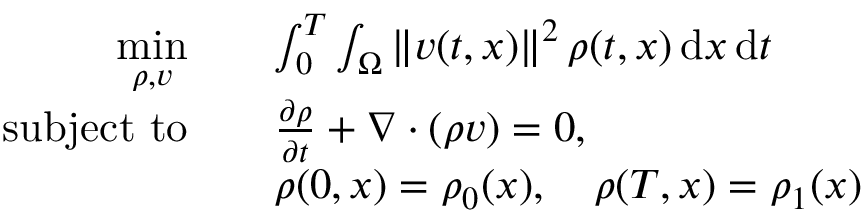
\begin{array} { r l } { \underset { \rho , v } { \mathrm { m i n } } \quad } & { \int _ { 0 } ^ { T } \int _ { \Omega } \left\lVert v ( t , x ) \right\rVert ^ { 2 } \rho ( t , x ) \, \mathrm { d } x \, \mathrm { d } t } \\ { \mathrm { s u b j e c t ~ t o } \quad } & { \frac { \partial \rho } { \partial t } + \nabla \cdot ( \rho v ) = 0 , } \\ & { \rho ( 0 , x ) = \rho _ { 0 } ( x ) , \quad \rho ( T , x ) = \rho _ { 1 } ( x ) } \end{array}